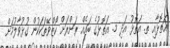
އަތޮޅާއި ތ. އަތޮޅު އަދި މ. އަތޮޅުގެ ބައެއް ރަށްރަށް ކޯޒްވޭތަކަކުން ގުޅުވާލުމަށް